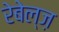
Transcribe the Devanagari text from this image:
रेबेल्ज़